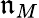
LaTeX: \mathfrak{n}_{M}